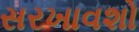
સરખાવશો